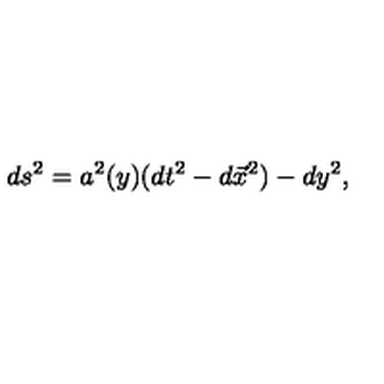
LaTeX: d s ^ { 2 } = a ^ { 2 } ( y ) ( d t ^ { 2 } - d \vec { x } ^ { 2 } ) - d y ^ { 2 } ,